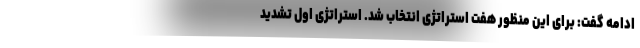
ادامه گفت: برای این منظور هفت استراتژی انتخاب شد. استراتژی اول تشدید